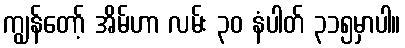
ကျွန်တော့် အိမ်ဟာ လမ်း ၃၀ နံပါတ် ၃၁၅မှာပါ။